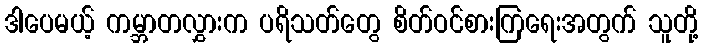
ဒါပေမယ့် ကမ္ဘာတလွှားက ပရိသတ်တွေ စိတ်ဝင်စားကြရေးအတွက် သူတို့